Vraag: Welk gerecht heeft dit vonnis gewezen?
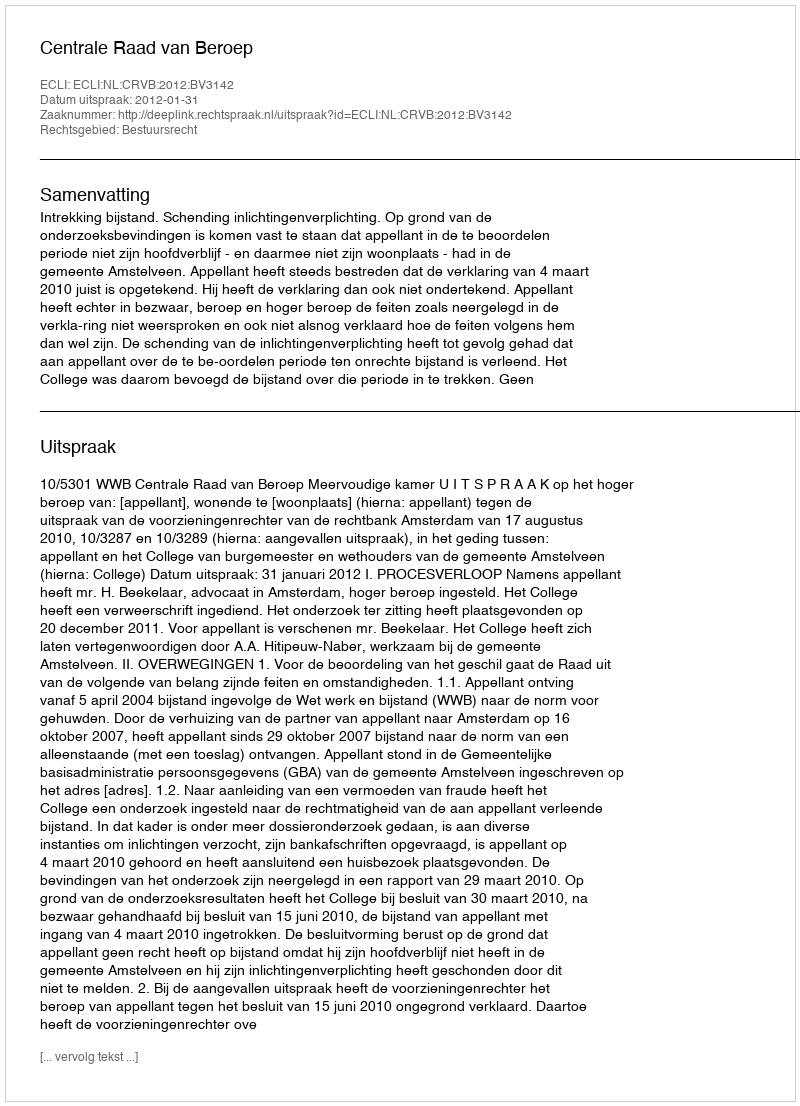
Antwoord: Centrale Raad van Beroep